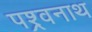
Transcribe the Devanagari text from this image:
पश्र्वनाथ